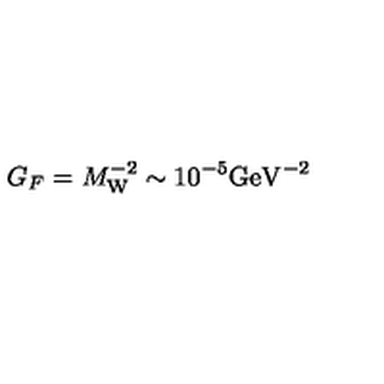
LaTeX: G _ { F } = M _ { \mathrm { W } } ^ { - 2 } \sim 1 0 ^ { - 5 } \mathrm { G e V } ^ { - 2 }